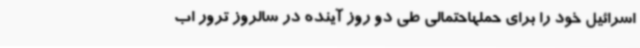
اسرائیل خود را برای حملهاحتمالی طی دو روز آینده در سالروز ترور اب